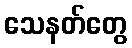
သေနတ်တွေ